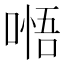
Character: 𭉰